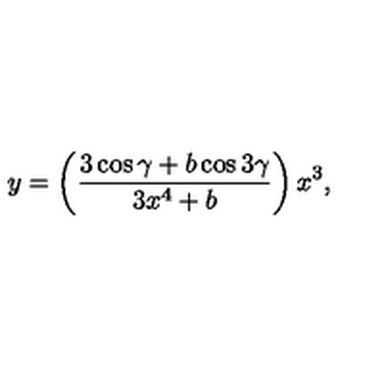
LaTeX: y = \left( \frac { 3 \cos \gamma + b \cos 3 \gamma } { 3 x ^ { 4 } + b } \right) x ^ { 3 } ,